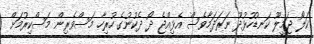
ކަލޯ ޖަމީލޫ ކަނޑުހުޅުދޫ ނަރަދަމާވެސް އެޅިއްޖެ ދޯ ދެކުނުގެ ހުރިހާ މަސްވެރިން މަސްކިރުމަށް